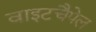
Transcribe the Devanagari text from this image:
वाइटचैपेल